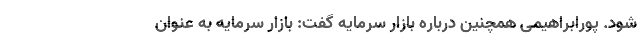
شود. پورابراهیمی همچنین درباره بازار سرمایه گفت: بازار سرمایه به عنوان